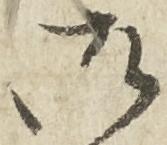
御